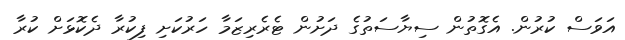
އަވަސް ކުރުން. އެގޮތުން ސިޔާސަތުގެ ދަށުން ޓެރެރިޒަމާ ހަރުކަށި ފިކުރާ ދެކޮޅަށް ކުރާ